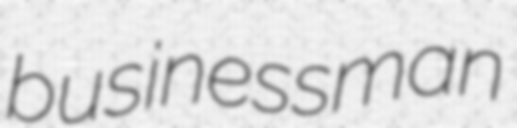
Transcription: businessman